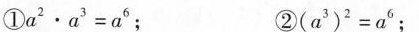
①$$a ^ { 2 } \cdot a ^ { 3 } = a ^ { 6 }$$； ②$$( a ^ { 3 } ) ^ { 2 } = a ^ { 6 }$$；